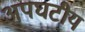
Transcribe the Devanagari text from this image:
अपघटीय